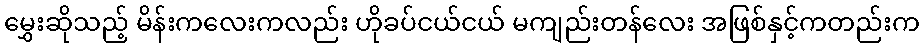
မွှေးဆိုသည့် မိန်းကလေးကလည်း ဟိုခပ်ငယ်ငယ် မကျည်းတန်လေး အဖြစ်နှင့်ကတည်းက